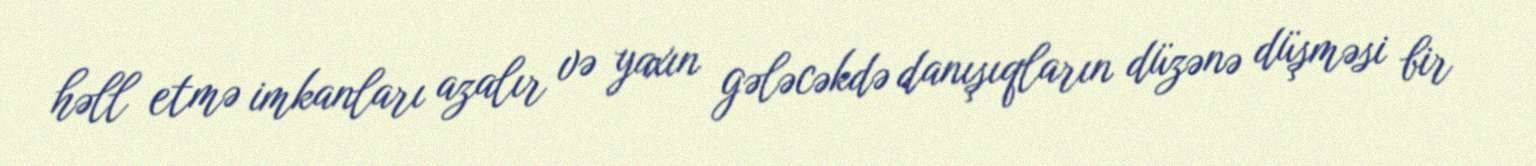
həll etmə imkanları azalır və yaxın gələcəkdə danışıqların düzənə düşməsi bir